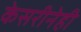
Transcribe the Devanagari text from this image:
केसरीनेही